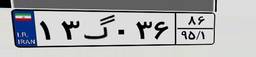
۷۵گ۴۴۱۲۰